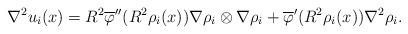
LaTeX: \begin{align*}\nabla^2 u_i(x) = R^2\overline\varphi''(R^2\rho_i(x))\nabla\rho_i\otimes\nabla\rho_i + \overline\varphi'(R^2\rho_i(x))\nabla^2\rho_i.\end{align*}